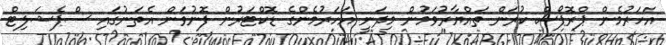
އަހަރުމެން ޕްރޮޕޯސް ކުރަން ތައްޔާރުވަމުން މިދަނީ އަހަރުމެންގެ ޑޮކްޓަރުން ފޮނުވަން އެތަނުގައި ސްޕެޝަލިޓް